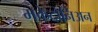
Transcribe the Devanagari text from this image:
मकेदोनिअन